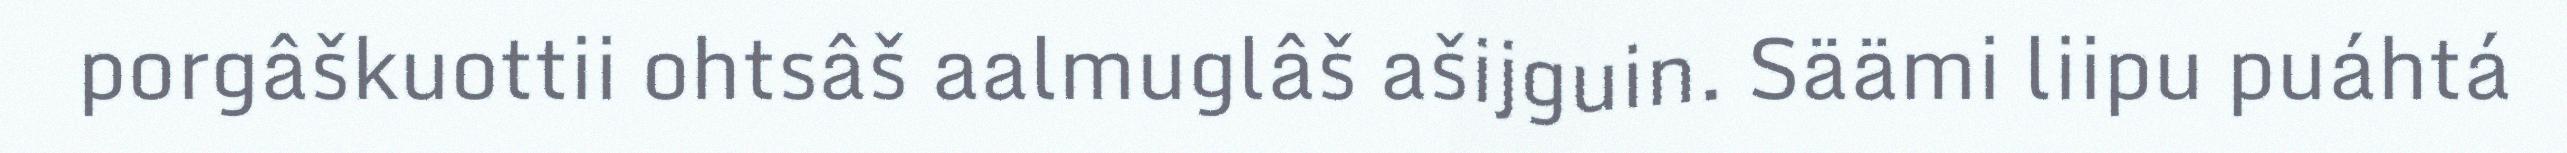
porgâškuottii ohtsâš aalmuglâš ašijguin. Säämi liipu puáhtá